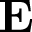
\mathbf { E }